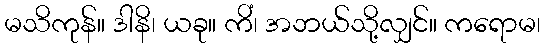
မသိကုန်။ ဒါနိ၊ ယခု။ ကိံ၊ အဘယ်သို့လျှင်။ ကရောမ၊